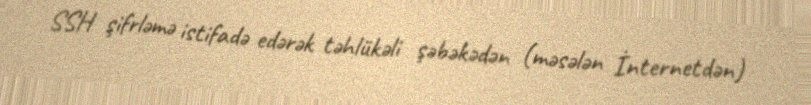
SSH şifrləmə istifadə edərək təhlükəli şəbəkədən (məsələn İnternetdən)